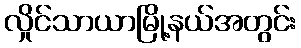
လှိုင်သာယာမြို့နယ်အတွင်း